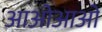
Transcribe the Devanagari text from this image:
आओआओ